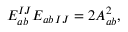
E _ { a b } ^ { I J } E _ { a b \, I J } = 2 A _ { a b } ^ { 2 } ,